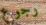
رجوع